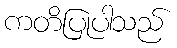
ကတိပြုပါသည်